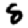
Digit: 8